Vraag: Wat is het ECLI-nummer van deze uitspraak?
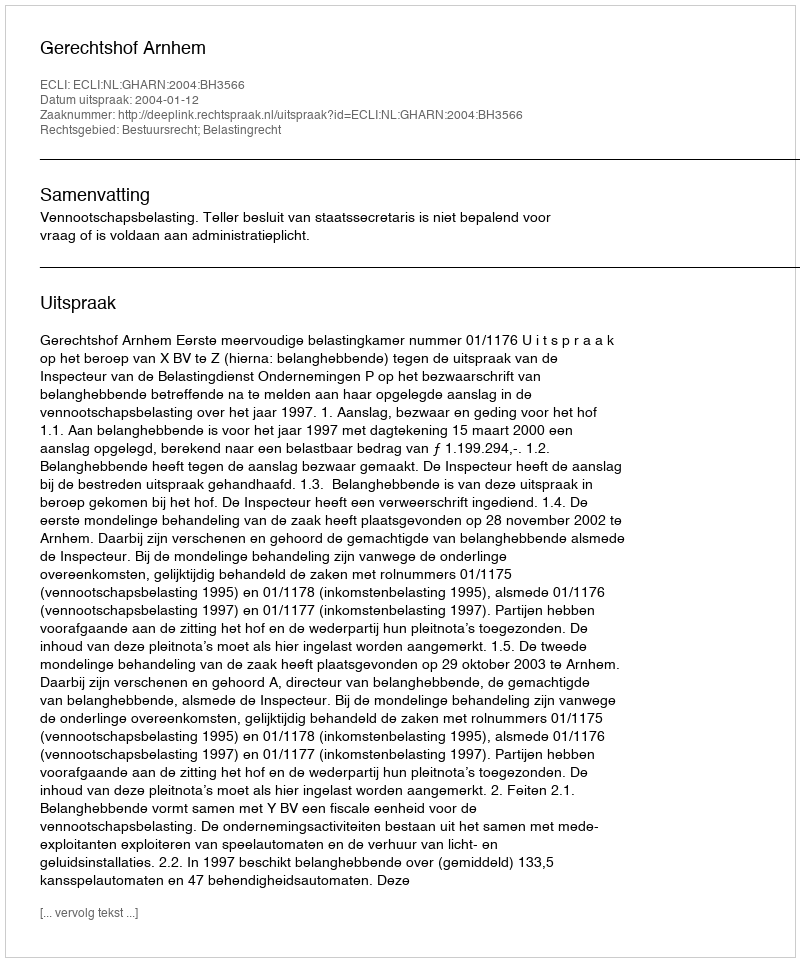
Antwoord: ECLI:NL:GHARN:2004:BH3566